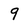
Character: 9